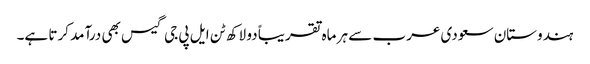
ہندوستان سعودی عرب سے ہر ماہ تقریباً دو لاکھ ٹن ایل پی جی گیس بھی درآمد کرتا ہے۔